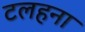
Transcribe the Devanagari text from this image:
टलहना